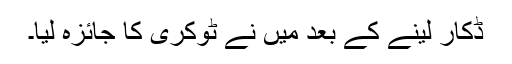
ڈکار لینے کے بعد میں نے ٹوکری کا جائزہ لیا۔